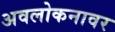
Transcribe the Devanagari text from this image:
अवलोकनावर